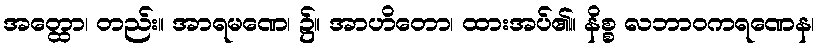
အတ္ထော၊ တည်း။ အာရမဏေ၊ ၌။ အာဟိတော၊ ထားအပ်၏။ နိစ္စ လဘာဝကရဏေန၊